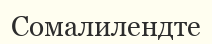
Сомалилендте